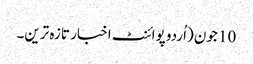
10 جون (اُردو پوائنٹ اخبار تازہ ترین۔